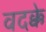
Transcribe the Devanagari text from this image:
वदक्के